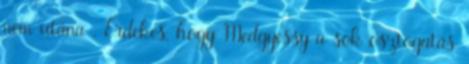
nem utána . Érdekes, hogy Medgyessy a sok osztogatás